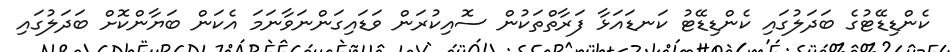
ކެންޑިޑޭޓުގެ ބަދަލުގައި ކެންޑިޑޭޓު ކަނޑައަޅާ ފަރާތްތަކުން ސޮއިކުރަން ވަޑައިގަންނަވާނަމަ އެކަން ބަޔާންކޮށް ބަދަލުގައި